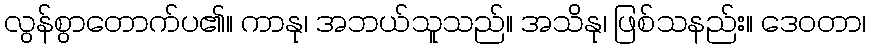
လွန်စွာတောက်ပ၏။ ကာနု၊ အဘယ်သူသည်။ အသိနု၊ ဖြစ်သနည်း။ ဒေဝတာ၊